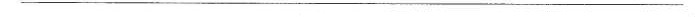
__________________________________________________________